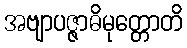
အဗျာပဇ္ဇာဓိမုတ္တောတိ